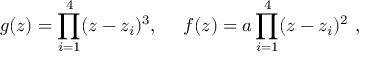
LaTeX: g ( z ) = \prod _ { i = 1 } ^ { 4 } ( z - z _ { i } ) ^ { 3 } , ~ ~ ~ ~ f ( z ) = a \prod _ { i = 1 } ^ { 4 } ( z - z _ { i } ) ^ { 2 } \ ,